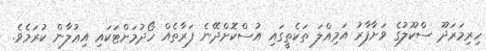
ހިރިމަރަދޫ ސްކޫލުގެ ވަށާފާރު އަމިއްލަ ތަކެތީގައި އުސްކޮށްދޭނެ ފަރާތެއް ހޯދުމަށްޓަކައި އިޢުލާން ކުރަމެވެ.